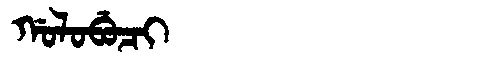
Manchu: ᡤᠣᠯᠣᠪᡠᠴᡳ
Romanization: GOLOBUCI